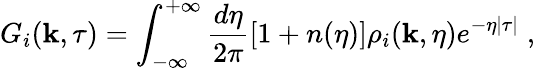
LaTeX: G_{i}({\mathbf k},\tau)=\int_{-\infty}^{+\infty}\frac{d\eta}{2\pi}\left[1+n(\eta)\right]\rho_{i}({\mathbf k},\eta)e^{-\eta|\tau|}\; ,